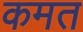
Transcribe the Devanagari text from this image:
कमत